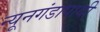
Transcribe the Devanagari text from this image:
न्यूनगंडापायी